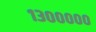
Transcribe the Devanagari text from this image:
१३०००००